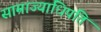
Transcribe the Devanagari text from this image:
साम्राज्याधिपति